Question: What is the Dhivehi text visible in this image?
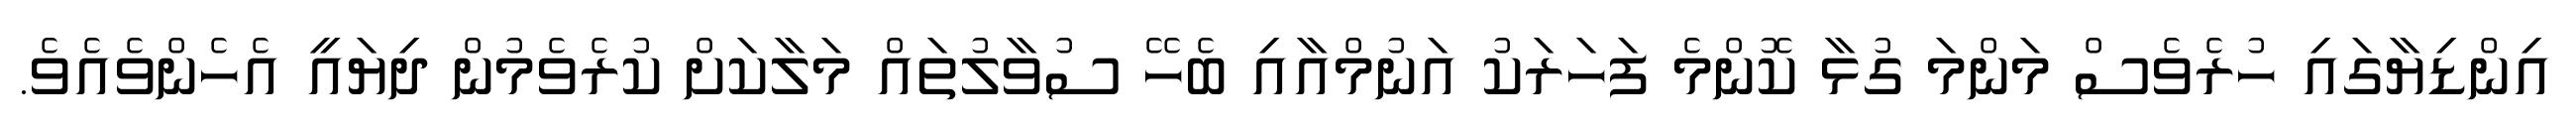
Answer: އިންޑިޔާގައި ހުރެވެސް މަންމަ ގުޅާ ކޮންމެ ފަހަރަކު އަނުމްއާއި ބެހޭ ސުވާލުތައް މަލާކަށް ކުރެވެމުން ދިޔައީ އެހެންވެއެވެ.